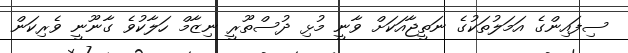
ސިފައިންގެ އަމަލުތަކުގެ ނަތީޖާއަކަށް ވާނީ މުޅި ދުސްތޫރީ ނިޒާމް ހަލާކުވެ ގާނޫނީ ވެރިކަން